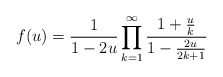
\begin{align*}f(u)=\frac{1}{1-2u}\prod_{k=1}^{\infty}\frac{1+\frac{u}{k}}{1-\frac{2u}{2k+1}}\end{align*}